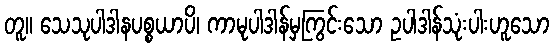
တူ။ သေသုပါဒါနပစ္စယာပိ၊ ကာမုပါဒါန်မှကြွင်းသော ဥပါဒါန်သုံးပါးဟူသော